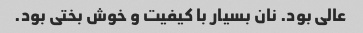
عالی بود. نان بسیار با کیفیت و خوش بختی بود.